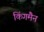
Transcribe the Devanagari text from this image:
किंगमैन